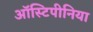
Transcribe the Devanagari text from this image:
ऑस्टिपीनिया